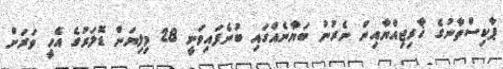
ޕާކިސްތާނުގެ ޚާރިޖިއްޔާއިން ނެރުނު ބަޔާނެއްގައި ބުނެފައިވަނީ 28 މިލިޔަން ޑޮލަރުގެ އެހީ ވަރަށް